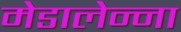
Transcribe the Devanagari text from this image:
मेडालेन्ना